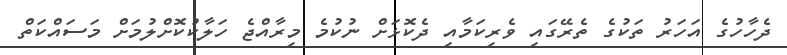
ދެހާހުގެ އަހަރު ތަކުގެ ތެރޭގައި ވެރިކަމާއި ދެކޮޅަށް ނުކުމެ މިރާއްޖެ ހަލާކުކޮށްލުމަށް މަސައްކަތް